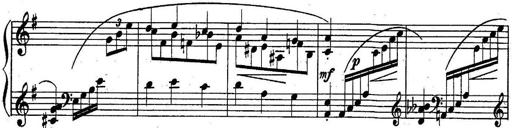
Title: Sonatine
Composer: Adrian Shaposhnikov
Key: E minor